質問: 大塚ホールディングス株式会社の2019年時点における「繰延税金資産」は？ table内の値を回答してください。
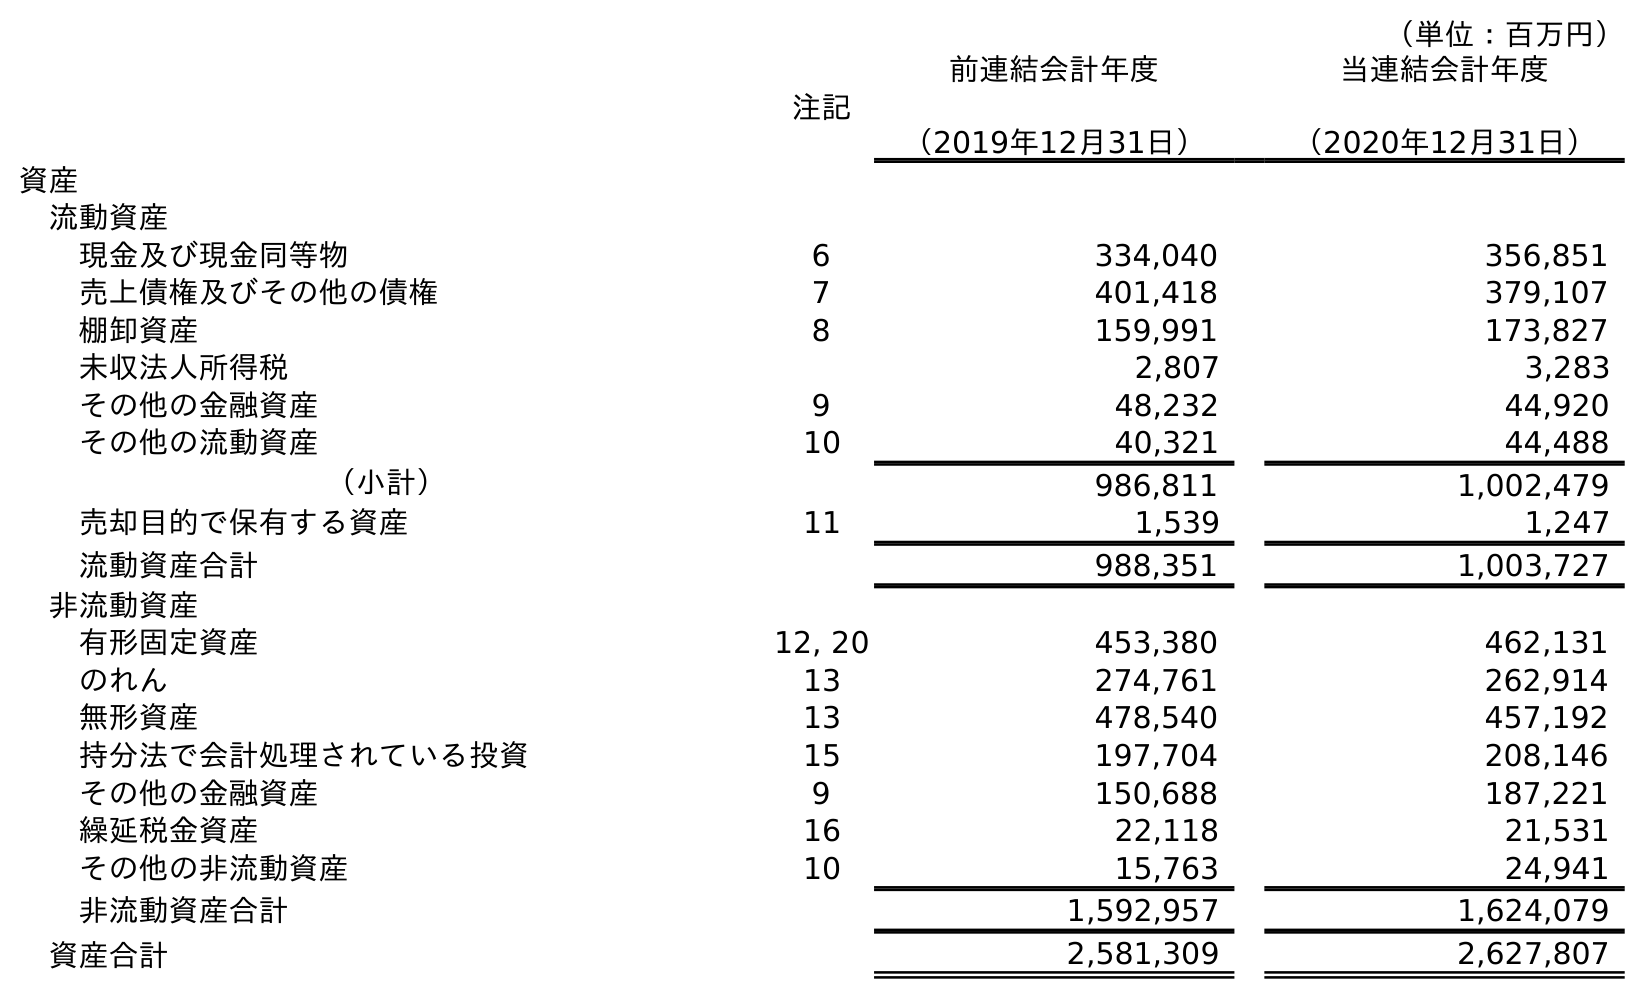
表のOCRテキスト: （単位：百万円） 注記 前連結会計年度 （2019年12月31日） 当連結会計年度 （2020年12月31日） 資産 流動資産 現金及び現金同等物 6 334,040 356,851 売上債権及びその他の債権 7 401,418 379,107 棚卸資産 8 159,991 173,827 未収法人所得税 2,807 3,283 その他の金融資産 9 48,232 44,920 その他の流動資産 10 40,321 44,488 （小計） 986,811 1,002,479 売却目的で保有する資産 11 1,539 1,247 流動資産合計 988,351 1,003,727 非流動資産 有形固定資産 12, 20 453,380 462,131 のれん 13 274,761 262,914 無形資産 13 478,540 457,192 持分法で会計処理されている投資 15 197,704 208,146 その他の金融資産 9 150,688 187,221 繰延税金資産 16 22,118 21,531 その他の非流動資産 10 15,763 24,941 非流動資産合計 1,592,957 1,624,079 資産合計 2,581,309 2,627,807
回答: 22,118